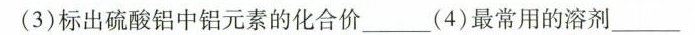
(3)标出硫酸铝中铝元素的化合价\underline(4)最常用的溶剂\underline